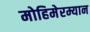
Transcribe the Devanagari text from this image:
मोहिमेरम्यान